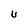
Character: U